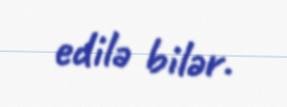
edilə bilər.